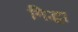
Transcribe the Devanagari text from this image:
गिद्धा